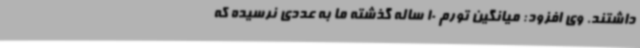
داشتند. وی افزود: میانگین تورم 10 ساله گذشته ما به عددی نرسیده که